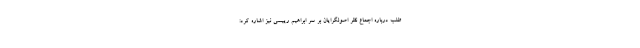
طلب درباره اجماع نظر اصولگرایان بر سر ابراهیم رییسی نیز اشاره کرد: